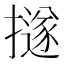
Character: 𢷊